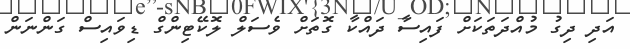
އަދި ދިގު މުއްދަތަކަށް ފައިސާ ދައްކާ ގޮތަށް ވެސަލް ލޮކޭޓިންގް ޑިވައިސް ގަންނަން